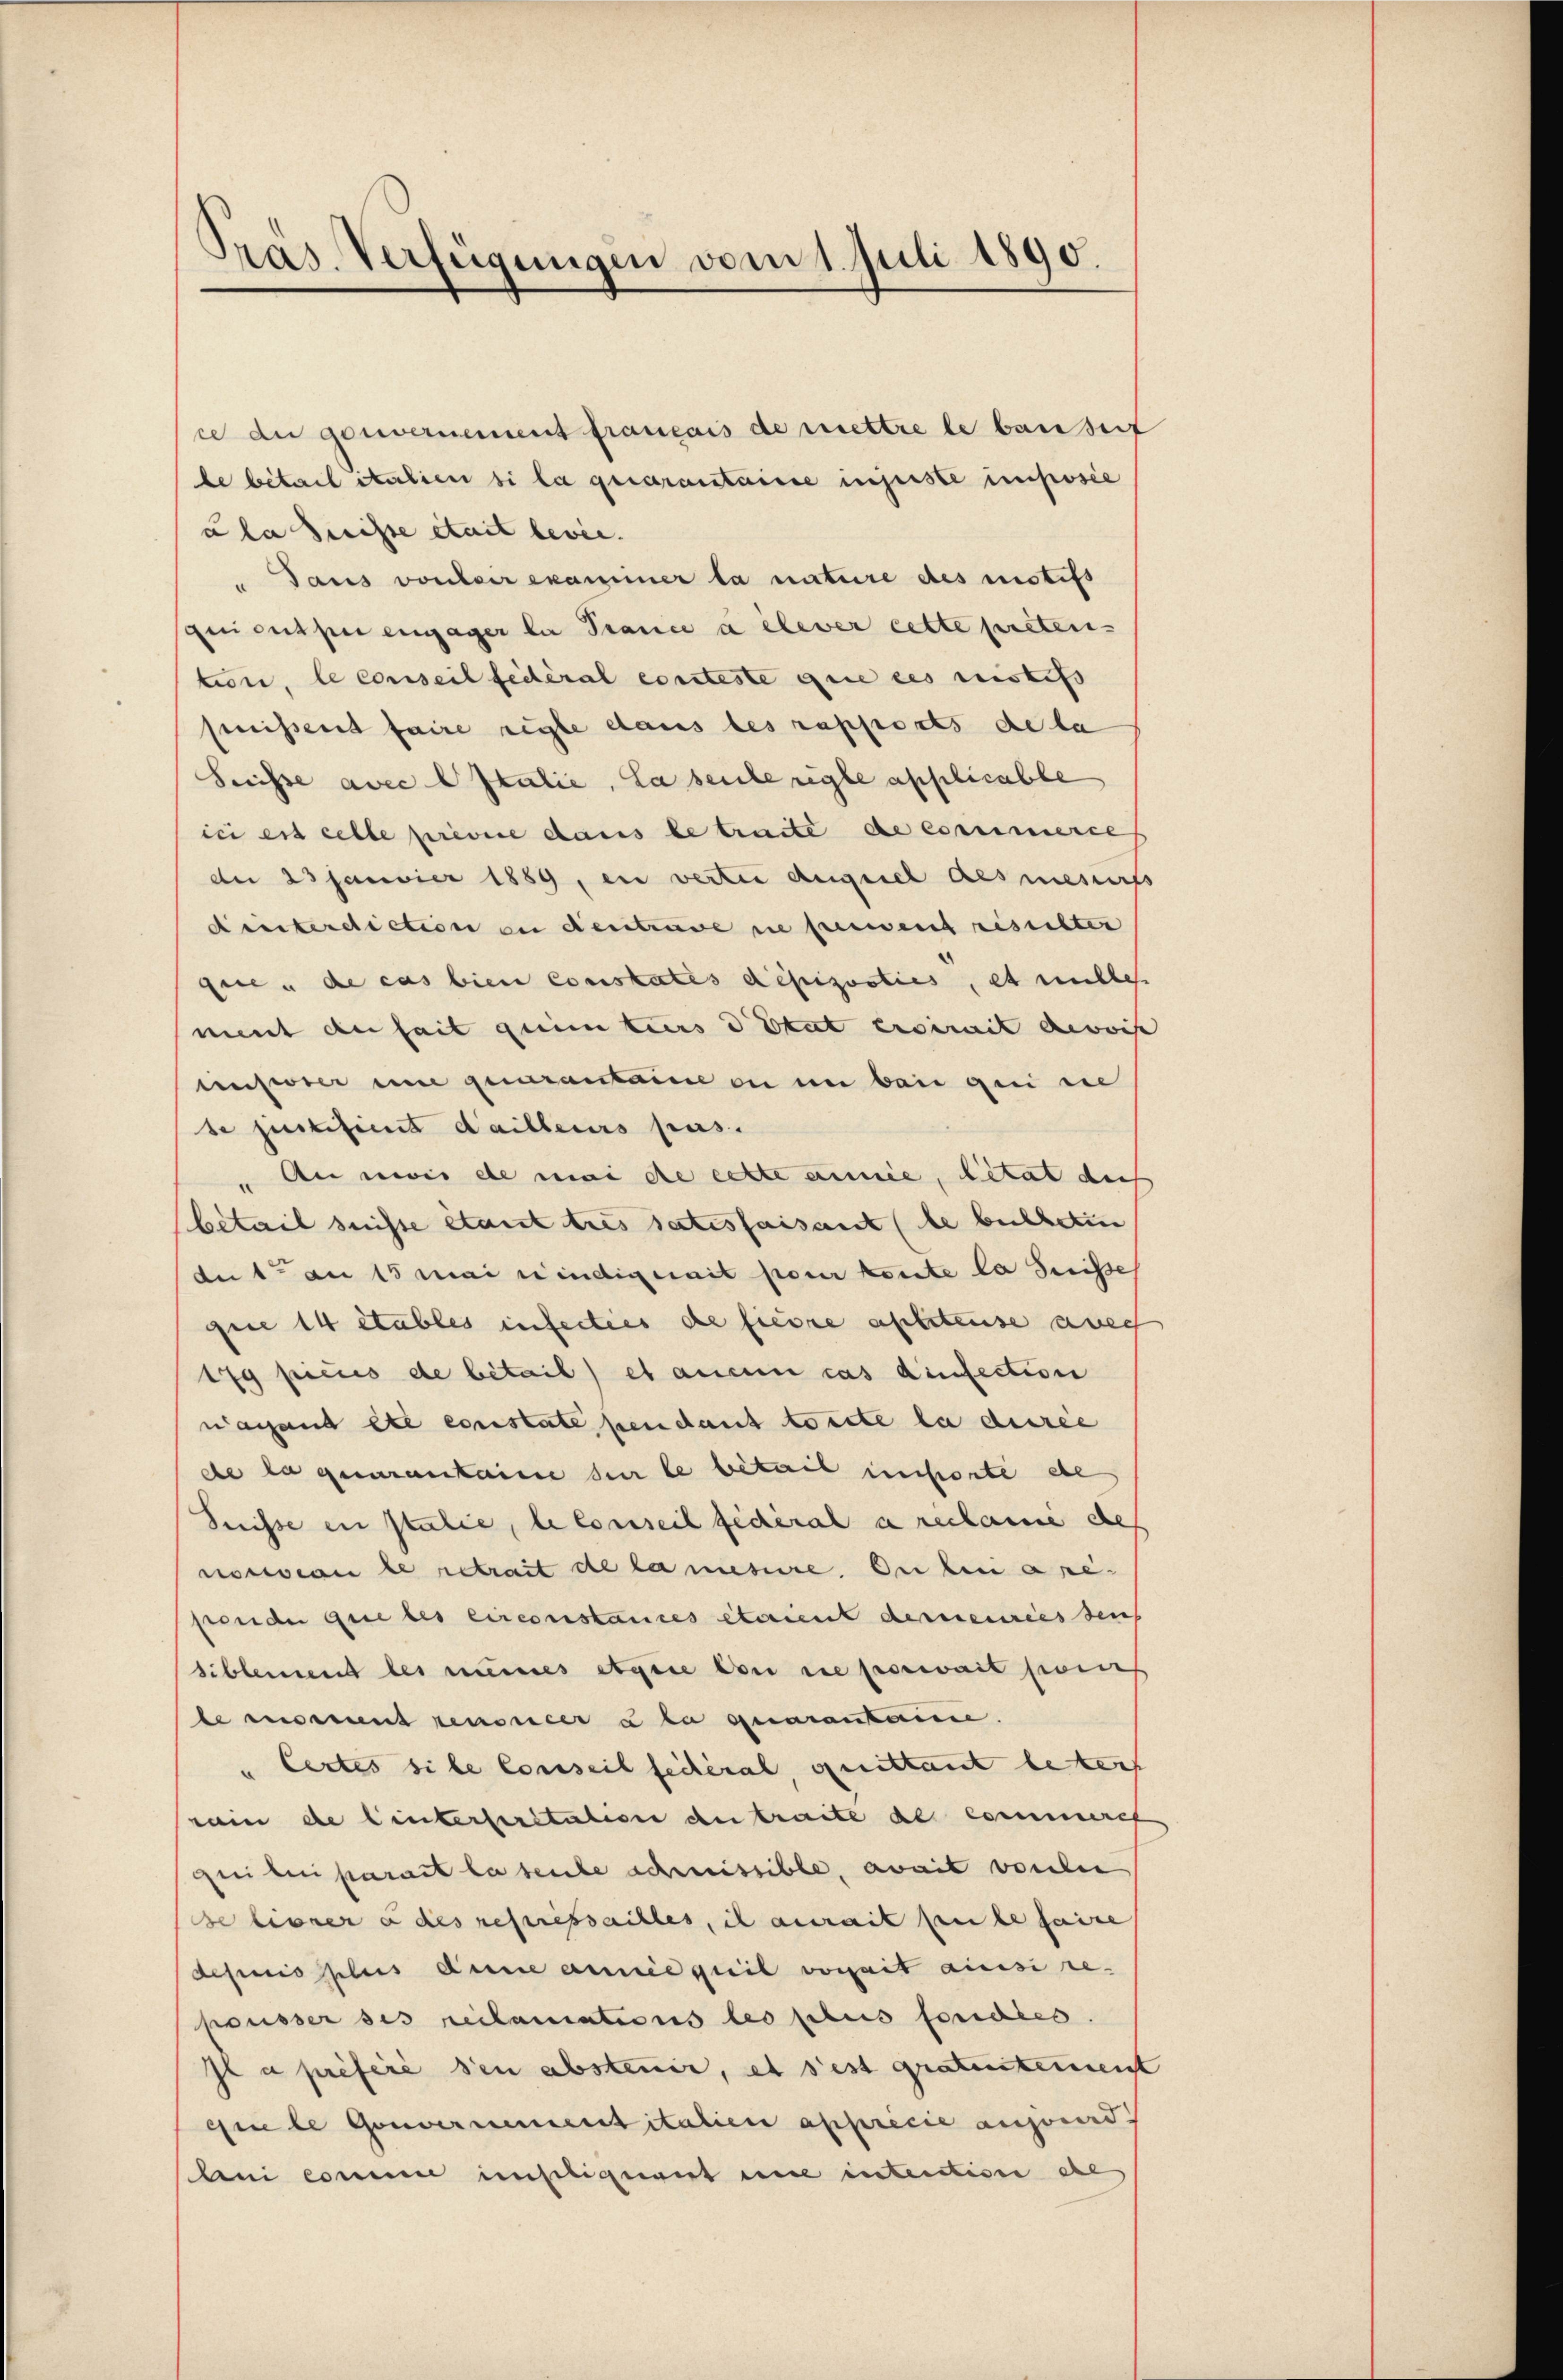
Präs. Verfügungen vom 1. Juli 1890.

ce du gouvernement français de mettre le bau seit
le bétail italien si la quarantaire injuste imposée
ula Suisse était levée.
" aus vouloir examiner la nature des motifs
quous per engager la Trance a elever cette preten-
tion, le conseil fédéral erriteste que ces restifs
fnissent faire regte dans les rapports de la
Suisse avec l Italie, La seule regle applicable
ici est celle privice dans le traite de commerces
de 23 Janvier 1889, in verter Augsiel des mesures
Ainterdiction an den trave nie verwend resichter
gee u de cas bien constates dépizooties, et milles
ment de sait quinters d Etat ersemit devois
enswer eine quarantaine an in baid genie
se justifient d’ailleurs pas.
 An mis de mai de cette anne, Citat aus
betail suisse étant tres satisfaisant (le betheten
det am 15 Mai windigerait pour heute la Suisse
quie 14 etables inferties de fiere affiteuse aug
179 piciis de betail) et aucun cas dinfection
wachend etc constate pendant torite la durée
de la quarantaine sur le bétail insorte de
Suisse in Italie, le conseil fédéral a reclame des
noccioi le retrait de la mesiire. Du bei a re-
sonder que les circonstances étaient derneuries seins
Siblement les meines etaire den ne poewait son
te massent renoncer u la quarantaire.
Certes si le Conseil fichéral, quittant betref
rain de linterseritation der tracte de Commeres
gui beni parait la seule schmissible, avait vouler
de hierer a des repressailles, il aurait seule faire
depuis plus dene année quil vorhait aussi re-
pousser ses reclamations les plus fondes.
je à préfère den absteuer, es sest gratentement
que le Gouvernementitalien appricie anzuord
ni comme insoliquent nie intention erl